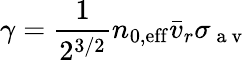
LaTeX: \gamma=\frac{1}{2^{3/2}}n_{0,\mathrm{{eff}}}\bar{v}_{r}\sigma_{\mathrm{~a~v~}}